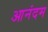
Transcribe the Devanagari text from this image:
आनंदम